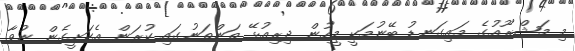
މި މަޝްރޫއުގެ މައިގަނޑު ބޭނުމަކީ މީހުން ދިރިއުޅޭ ތަންތަނުގައި ކުރަން އެކަށީގެން ނުވާ